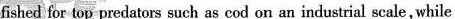
fished for top predators such as cod on an industrial seale,while